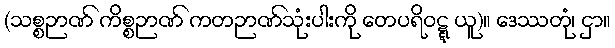
(သစ္စဉာဏ် ကိစ္စဉာဏ် ကတဉာဏ်သုံးပါးကို တေပရိဝဋ္ဋ ယူ)။ ဒေဿတုံ၊ ငှာ။